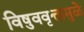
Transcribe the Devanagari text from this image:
विषुववृत्तामुळे